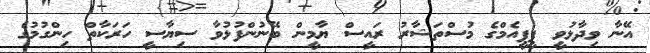
އޭނާ ވިދާޅުވީ ޕީޕީއެމްގެ މުސްތަޝާރު ރައީސް ޔާމީން ބޭނުންފުޅުވާ ސިޔާސީ ހަރަކާތް ހިންގުމުގެ